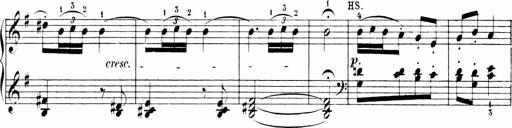
Title: Sonatinen Op.47, 98 und 136, nebst 6 Liedersonatinen
Composer: Carl Reinecke